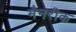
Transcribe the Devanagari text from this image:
मैनरीक